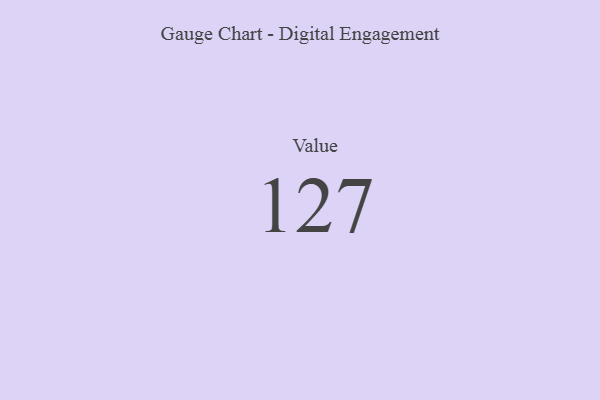
{"axis": {"x": "Metric", "y": "Value"}, "legend": [""], "data": [{"x": "Value", "y": 127, "type": ""}]}